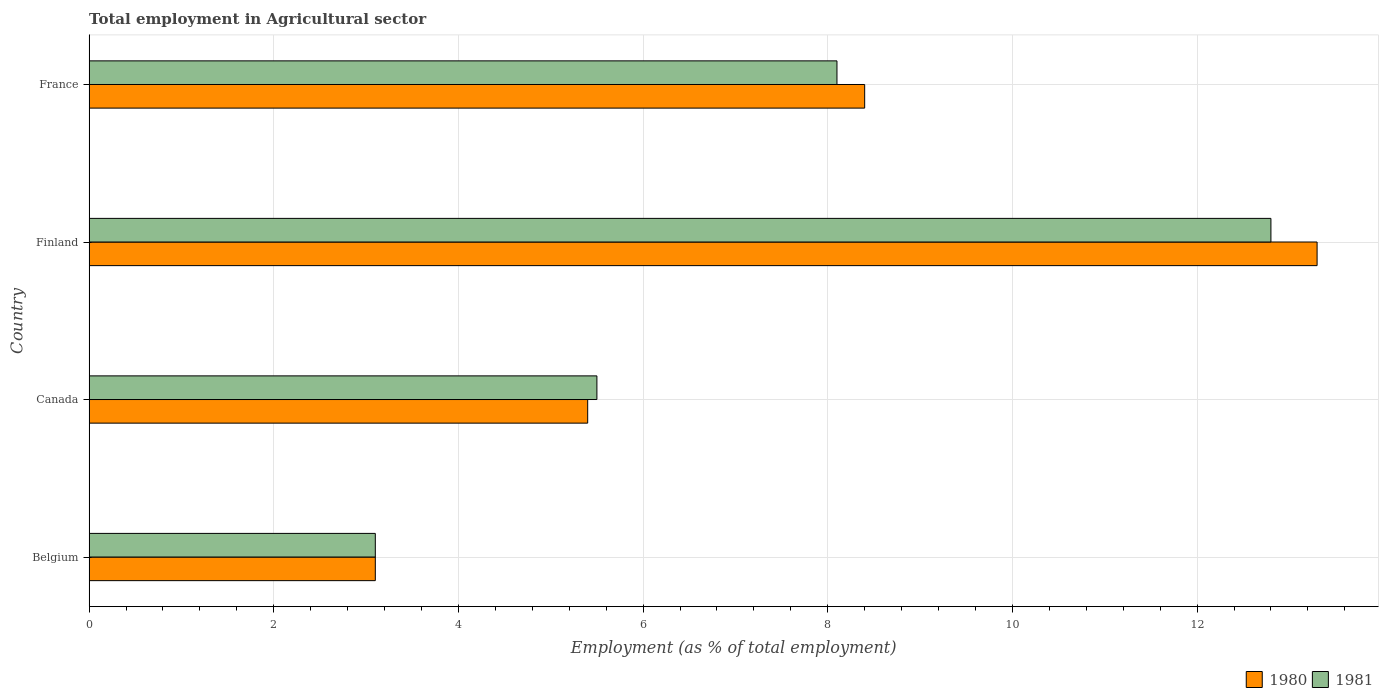
| Country | 1980 | 1981 |
 | --- | --- | --- |
 | Belgium | 3.1 | 3.1 |
 | Canada | 5.4 | 5.5 |
 | Finland | 13.3 | 12.8 |
 | France | 8.4 | 8.1 |